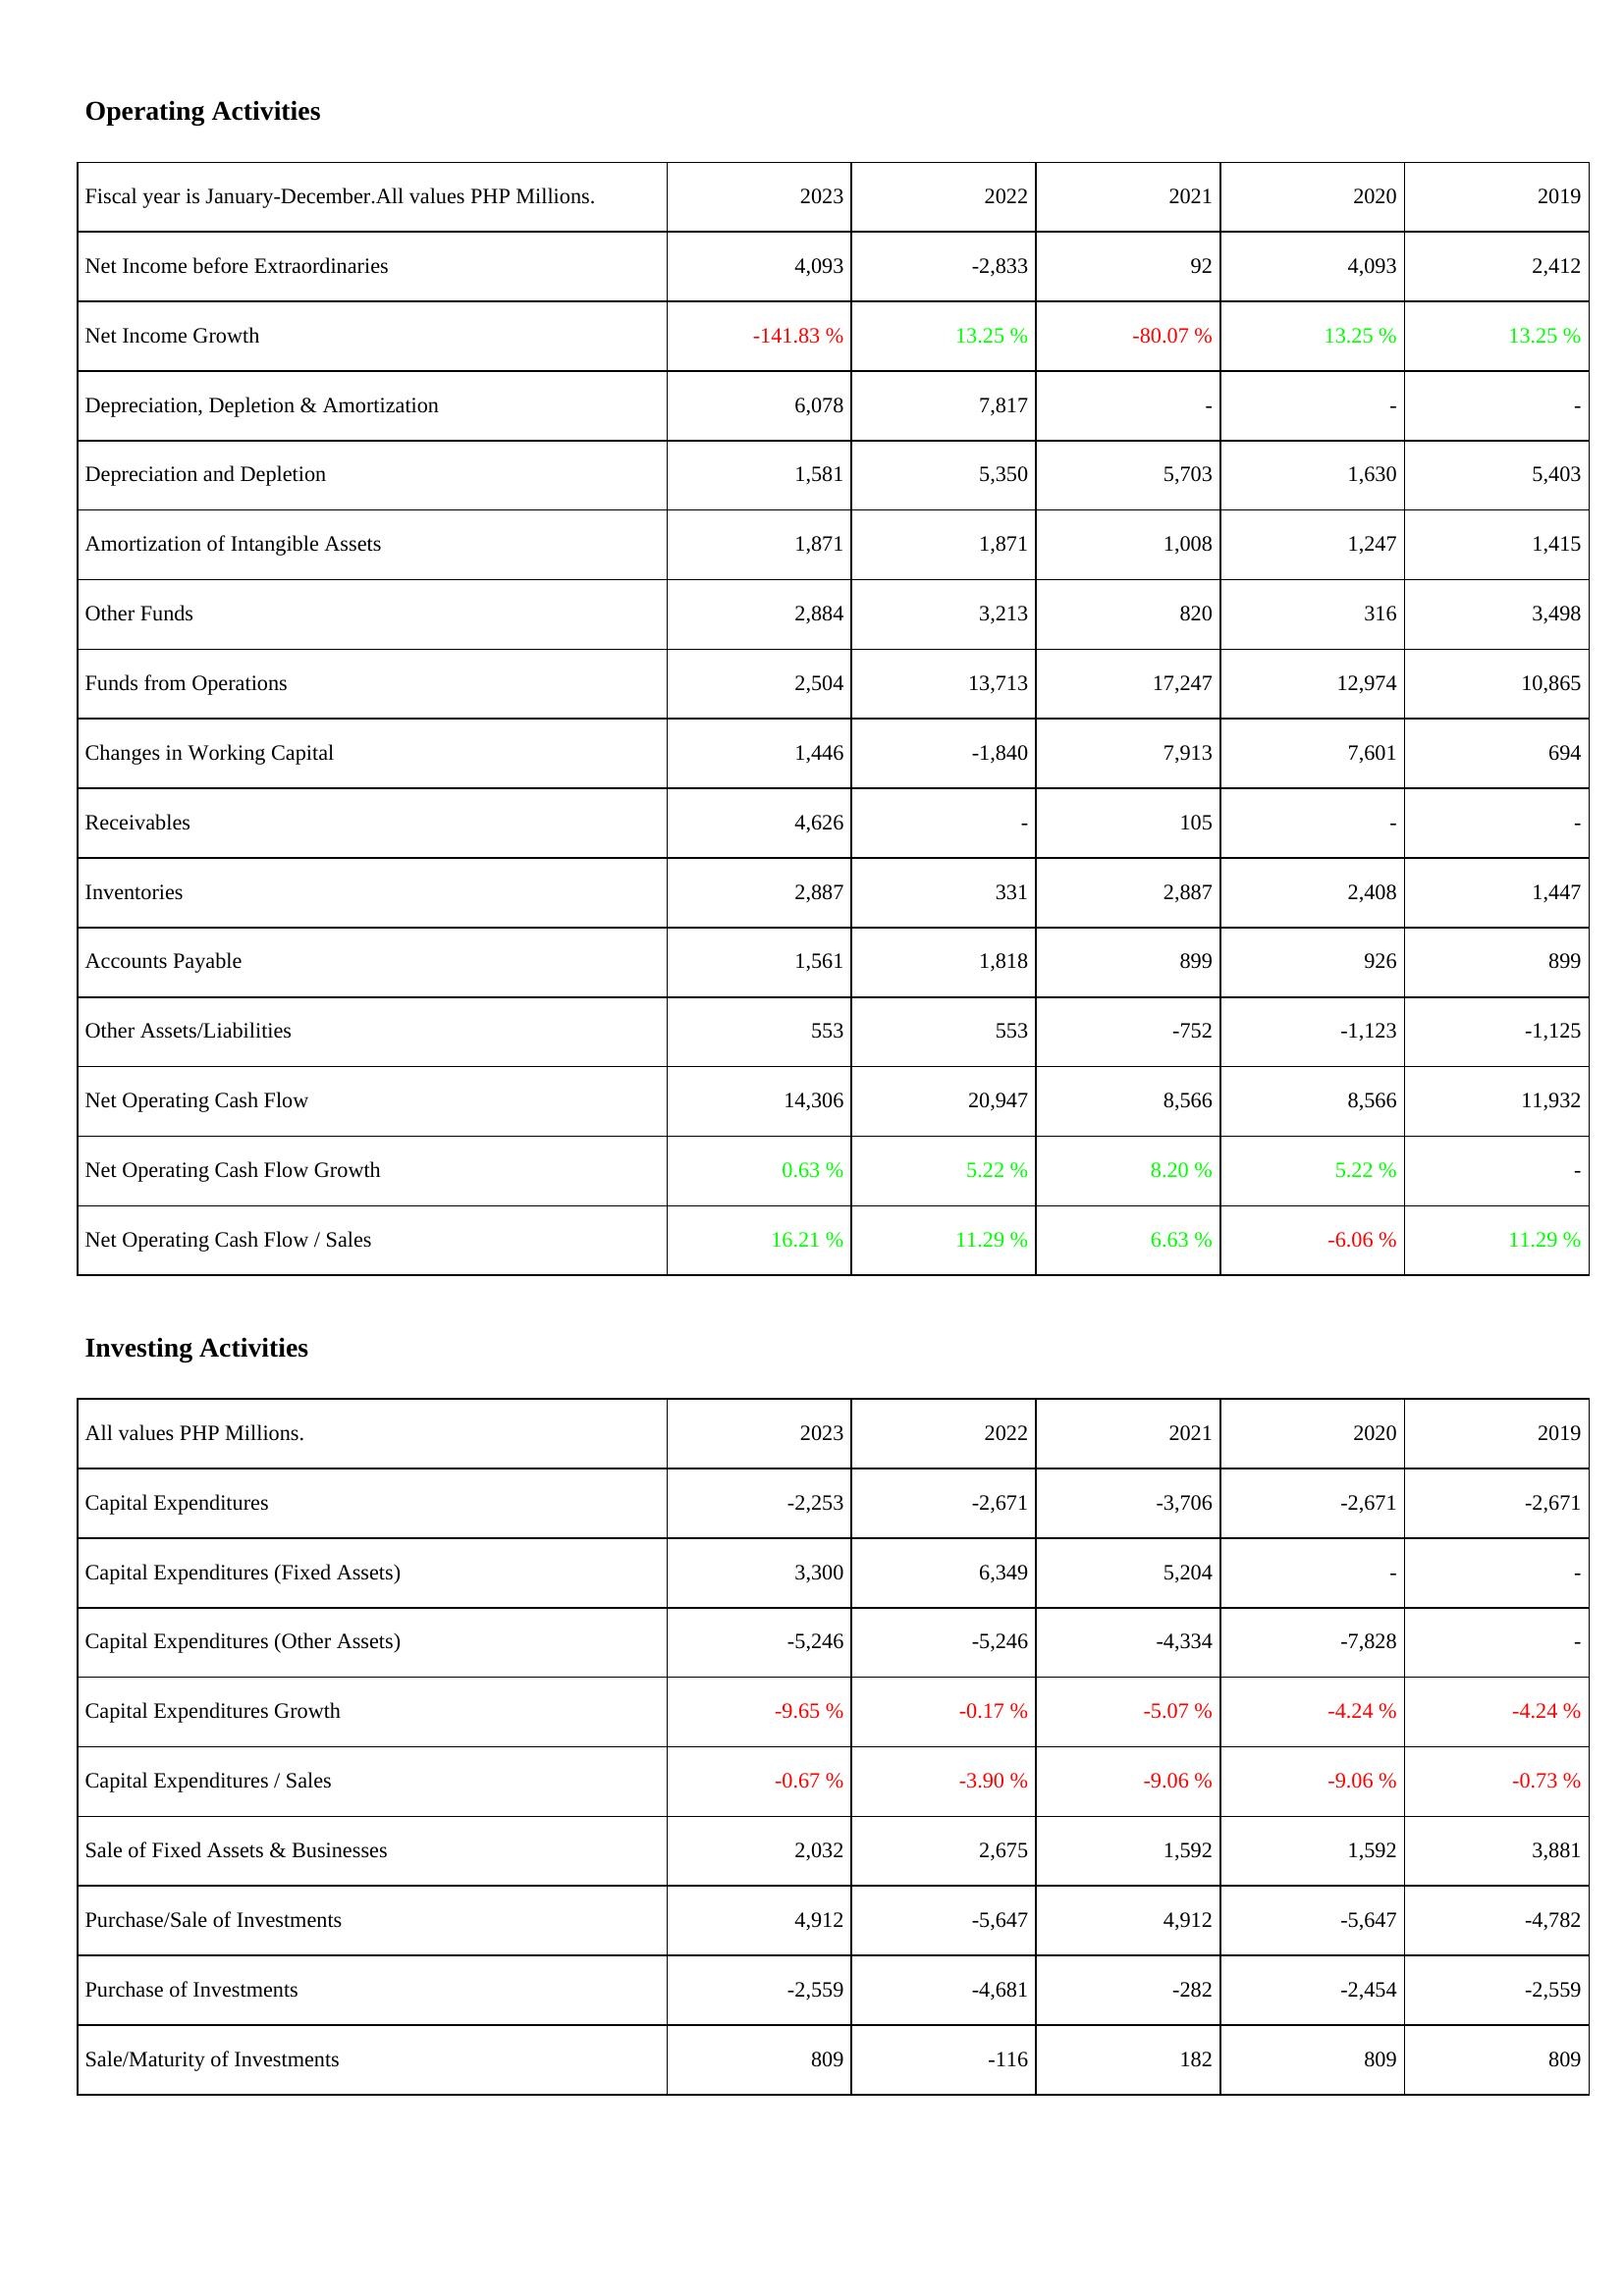
2023: Operating Activities: Net Income before Extraordinaries: 4,093
Net Income Growth: -141.83 %
Depreciation, Depletion & Amortization: 6,078
Depreciation and Depletion: 1,581
Amortization of Intangible Assets: 1,871
Other Funds: 2,884
Funds from Operations: 2,504
Changes in Working Capital: 1,446
Receivables: 4,626
Inventories: 2,887
Accounts Payable: 1,561
Other Assets/Liabilities: 553
Net Operating Cash Flow: 14,306
Net Operating Cash Flow Growth: 0.63 %
Net Operating Cash Flow / Sales: 16.21 %
Investing Activities: Capital Expenditures: -2,253
Capital Expenditures (Fixed Assets): 3,300
Capital Expenditures (Other Assets): -5,246
Capital Expenditures Growth: -9.65 %
Capital Expenditures / Sales: -0.67 %
Sale of Fixed Assets & Businesses: 2,032
Purchase/Sale of Investments: 4,912
Purchase of Investments: -2,559
Sale/Maturity of Investments: 809
2022: Operating Activities: Net Income before Extraordinaries: -2,833
Net Income Growth: 13.25 %
Depreciation, Depletion & Amortization: 7,817
Depreciation and Depletion: 5,350
Amortization of Intangible Assets: 1,871
Other Funds: 3,213
Funds from Operations: 13,713
Changes in Working Capital: -1,840
Receivables: -
Inventories: 331
Accounts Payable: 1,818
Other Assets/Liabilities: 553
Net Operating Cash Flow: 20,947
Net Operating Cash Flow Growth: 5.22 %
Net Operating Cash Flow / Sales: 11.29 %
Investing Activities: Capital Expenditures: -2,671
Capital Expenditures (Fixed Assets): 6,349
Capital Expenditures (Other Assets): -5,246
Capital Expenditures Growth: -0.17 %
Capital Expenditures / Sales: -3.90 %
Sale of Fixed Assets & Businesses: 2,675
Purchase/Sale of Investments: -5,647
Purchase of Investments: -4,681
Sale/Maturity of Investments: -116
2021: Operating Activities: Net Income before Extraordinaries: 92
Net Income Growth: -80.07 %
Depreciation, Depletion & Amortization: -
Depreciation and Depletion: 5,703
Amortization of Intangible Assets: 1,008
Other Funds: 820
Funds from Operations: 17,247
Changes in Working Capital: 7,913
Receivables: 105
Inventories: 2,887
Accounts Payable: 899
Other Assets/Liabilities: -752
Net Operating Cash Flow: 8,566
Net Operating Cash Flow Growth: 8.20 %
Net Operating Cash Flow / Sales: 6.63 %
Investing Activities: Capital Expenditures: -3,706
Capital Expenditures (Fixed Assets): 5,204
Capital Expenditures (Other Assets): -4,334
Capital Expenditures Growth: -5.07 %
Capital Expenditures / Sales: -9.06 %
Sale of Fixed Assets & Businesses: 1,592
Purchase/Sale of Investments: 4,912
Purchase of Investments: -282
Sale/Maturity of Investments: 182
2020: Operating Activities: Net Income before Extraordinaries: 4,093
Net Income Growth: 13.25 %
Depreciation, Depletion & Amortization: -
Depreciation and Depletion: 1,630
Amortization of Intangible Assets: 1,247
Other Funds: 316
Funds from Operations: 12,974
Changes in Working Capital: 7,601
Receivables: -
Inventories: 2,408
Accounts Payable: 926
Other Assets/Liabilities: -1,123
Net Operating Cash Flow: 8,566
Net Operating Cash Flow Growth: 5.22 %
Net Operating Cash Flow / Sales: -6.06 %
Investing Activities: Capital Expenditures: -2,671
Capital Expenditures (Fixed Assets): -
Capital Expenditures (Other Assets): -7,828
Capital Expenditures Growth: -4.24 %
Capital Expenditures / Sales: -9.06 %
Sale of Fixed Assets & Businesses: 1,592
Purchase/Sale of Investments: -5,647
Purchase of Investments: -2,454
Sale/Maturity of Investments: 809
2019: Operating Activities: Net Income before Extraordinaries: 2,412
Net Income Growth: 13.25 %
Depreciation, Depletion & Amortization: -
Depreciation and Depletion: 5,403
Amortization of Intangible Assets: 1,415
Other Funds: 3,498
Funds from Operations: 10,865
Changes in Working Capital: 694
Receivables: -
Inventories: 1,447
Accounts Payable: 899
Other Assets/Liabilities: -1,125
Net Operating Cash Flow: 11,932
Net Operating Cash Flow Growth: -
Net Operating Cash Flow / Sales: 11.29 %
Investing Activities: Capital Expenditures: -2,671
Capital Expenditures (Fixed Assets): -
Capital Expenditures (Other Assets): -
Capital Expenditures Growth: -4.24 %
Capital Expenditures / Sales: -0.73 %
Sale of Fixed Assets & Businesses: 3,881
Purchase/Sale of Investments: -4,782
Purchase of Investments: -2,559
Sale/Maturity of Investments: 809